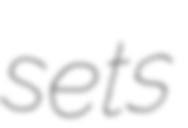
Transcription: sets